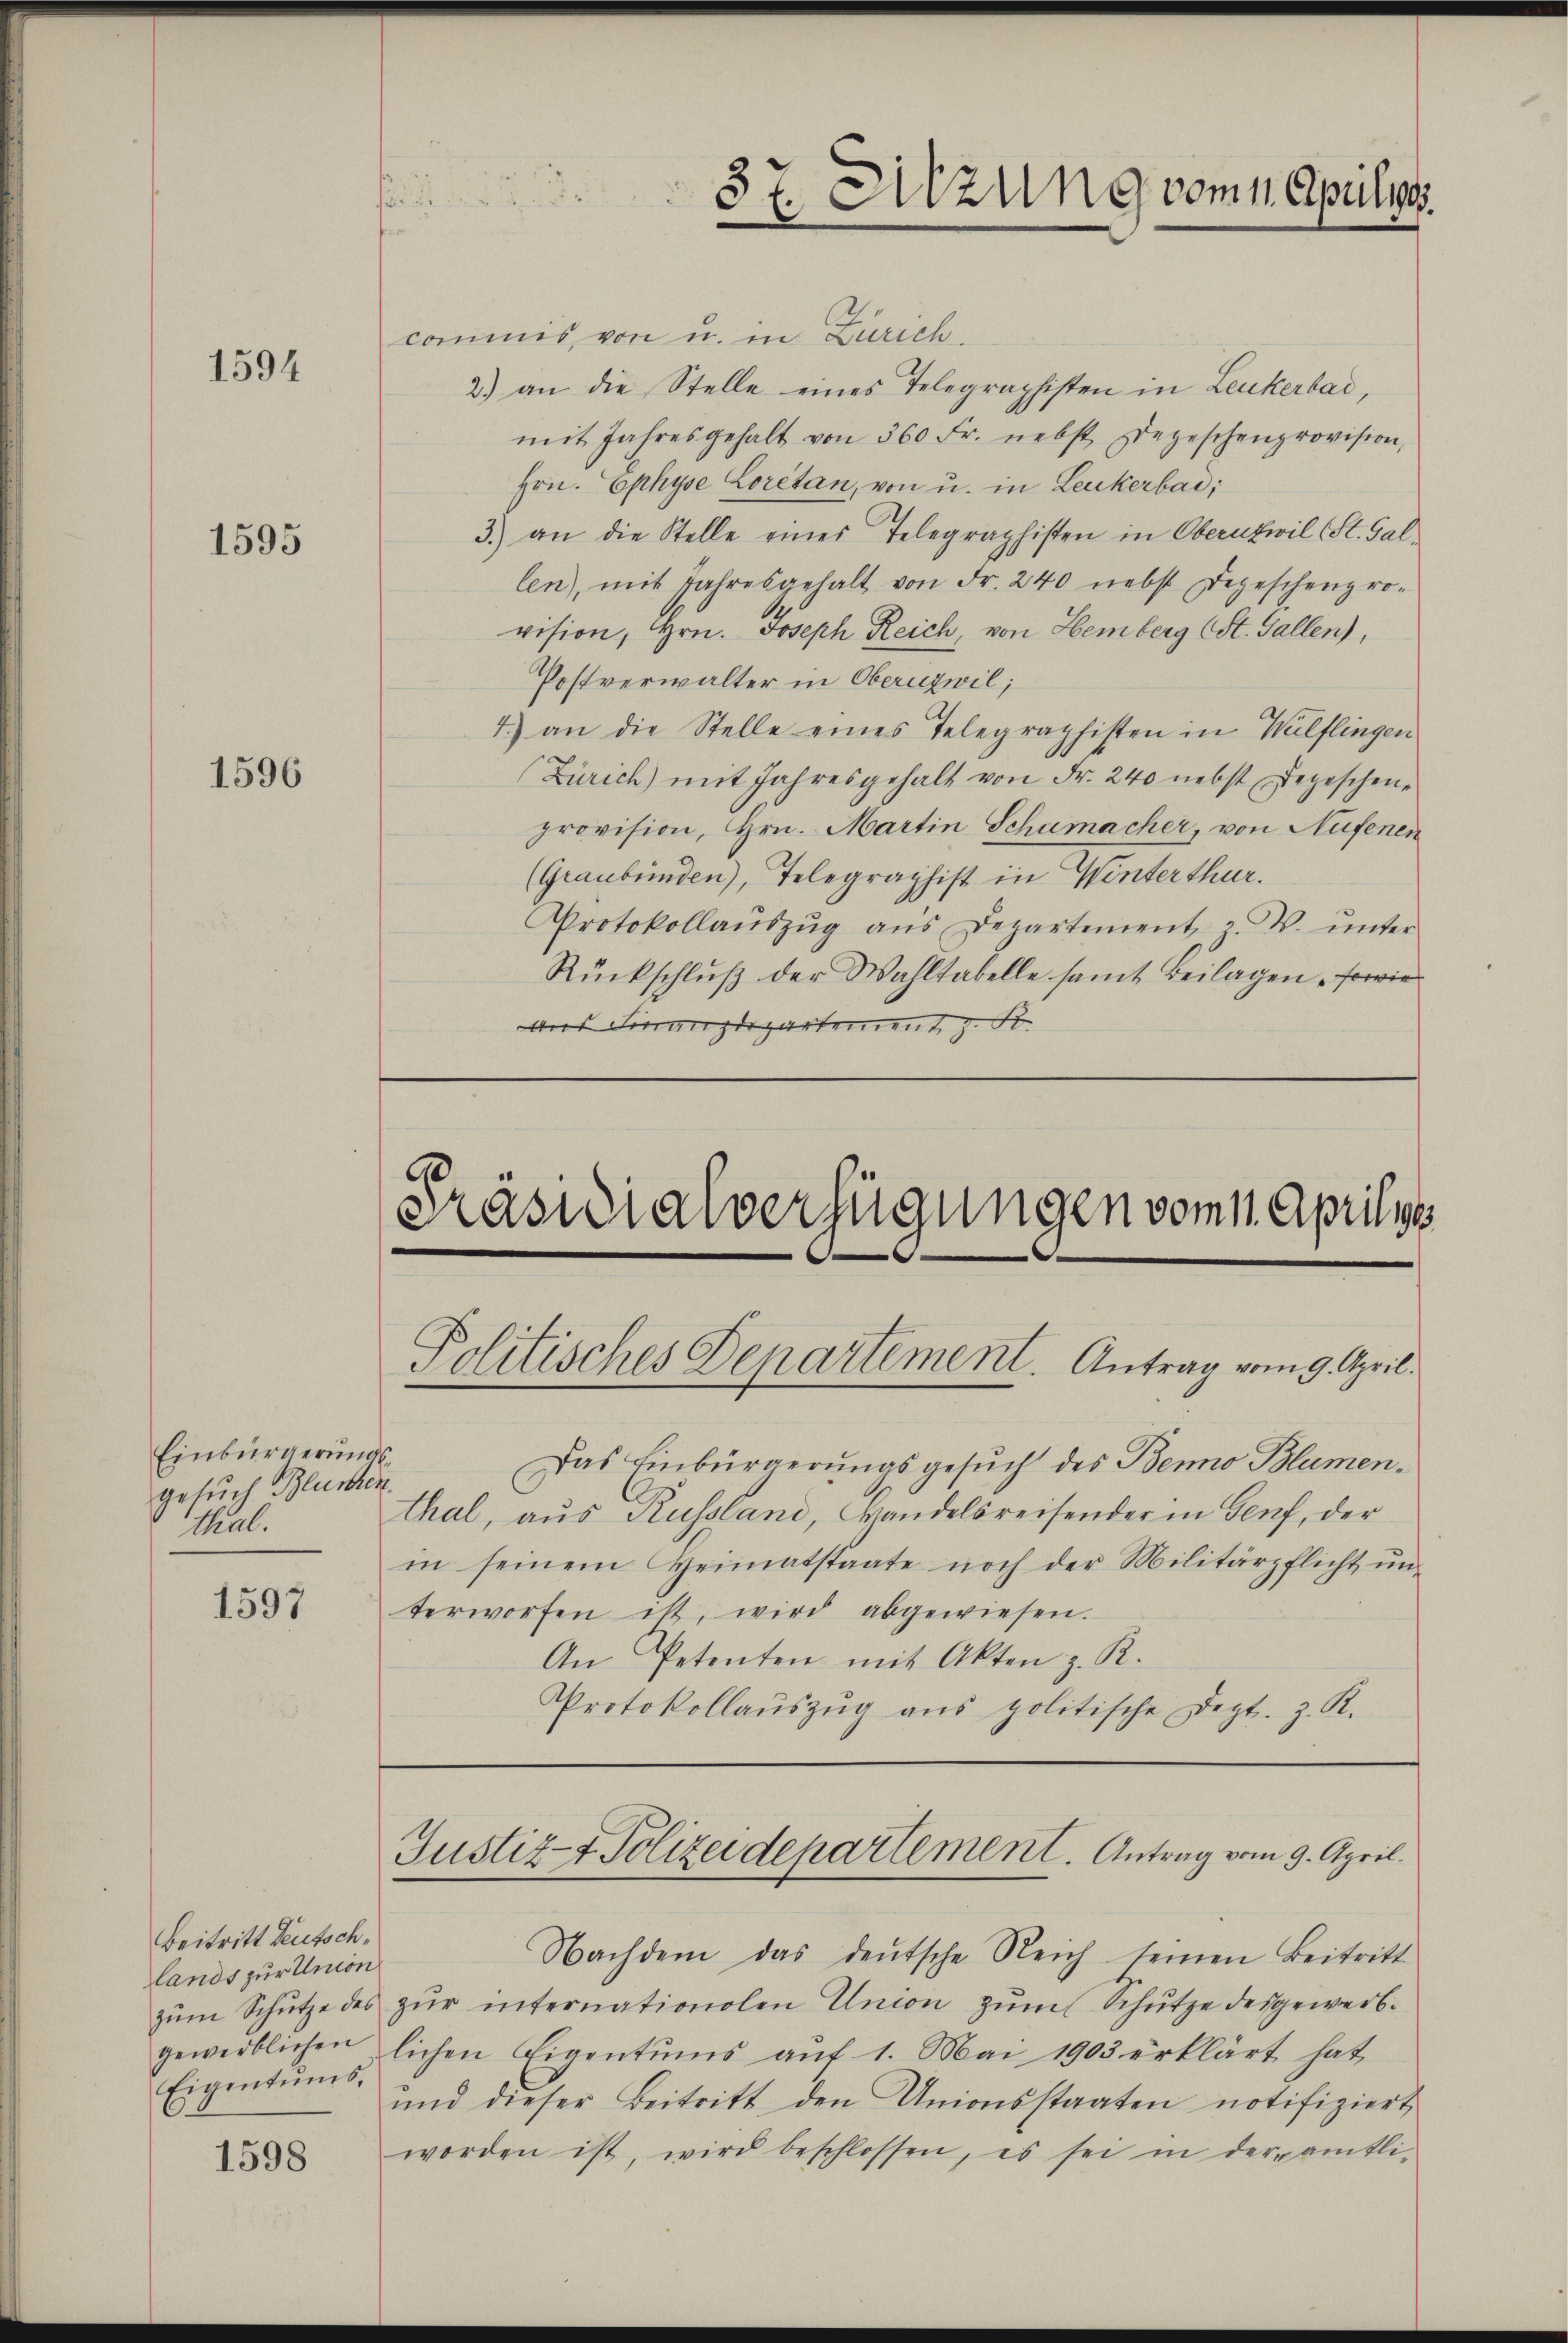
1594

1595

1596

Einbürgerungsgesuch Bluschen
thal.

1597

Beitritt deutsch,
lands zur Union
zum Schutze des
Eigentums.

1598

commis von u. in Zürich.
2) an die Stelle eines Telegraphisten in Leukerbad,
mit Jahresgehalt von 360 Fr. nebst Degeschenprovision,
Hrn. Ephyse Loretan, von u. in Leukerbad;
3.) an die Stelle eines Telegraphisten in Obernzwil (St. Gal
len, mit Jahresgehalt von Fr. 240 nebst Depeschenpro-
vision, Hrn. Joseph Reich, von Hemberg (St. Gallen),
Postverwalter in Oberuzwil;
4.) an die Stelle eines Telegraphisten in Wülflingen
(Zürich) mit Jahresgehalt von Fr. 240 nebst Depeschenprovision, Hrn. Martin Schumacher, von Nufenen
(Graubünden), Telegraphist in Winterthur.
Protokollaŭszŭg aŭs Departement z. W. ŭnter
Rückschlŭβ der Wahltabelle samt Beilagen sowie
Aus Finanzdepartement z. B.

Präsidialverfügungen vom 1. Aprilis
Politisches Departement. Antrag vom 9. April.

Das Einbürgerungsgesuch des Benno Blumenthal, aus Russland, Wandelsreisender in Genf, der
in seinem Heimatstaate noch der Militärpflicht ŭn-
terworfen ist, wird abgewiesen.
An Petenten mit Akten z. R.
Protokollaŭszŭg ans politische Dept. z. R.

zŭr internationalen Union zŭm Schütze desgewerbgewerblichen lichen Eigentums aŭf 1. Mai 1903 erklärt hat
ŭnd dieser Beitritt den Unionsstaaten notifiziert,
worden ist, wird beschlossen, es sei in der amtli-

37. Sitzung vom Apulgg.

Justiz- & Polizeidepartement. Antrag vom 9. April.
Nachdem das deŭtsche Reich seinen Beitritt